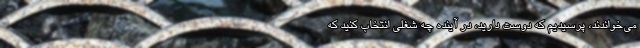
می‌خواندند، پرسیدیم که دوست دارید، در آینده چه شغلی انتخاب کنید که